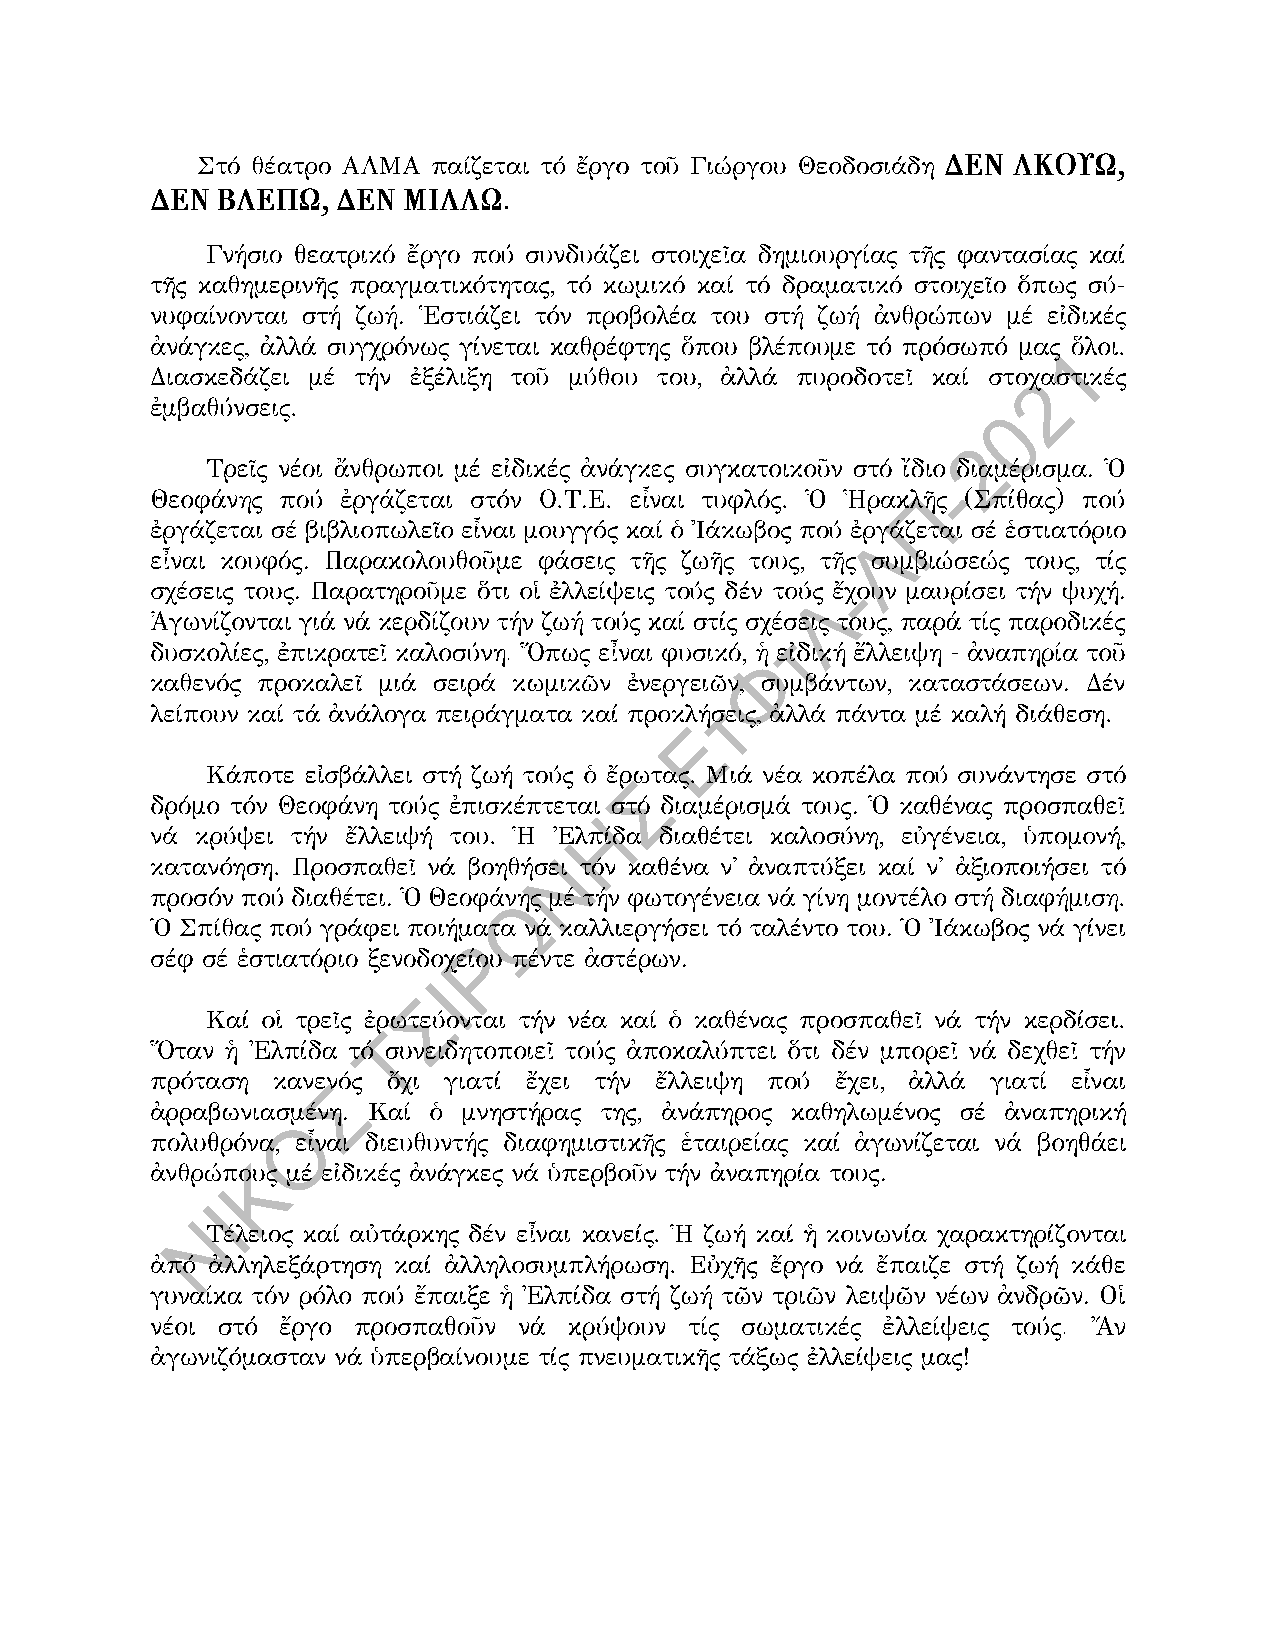
.
 -
 .                             -
 .